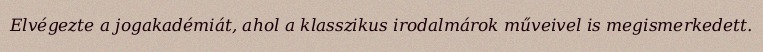
Elvégezte a jogakadémiát, ahol a klasszikus irodalmárok műveivel is megismerkedett.